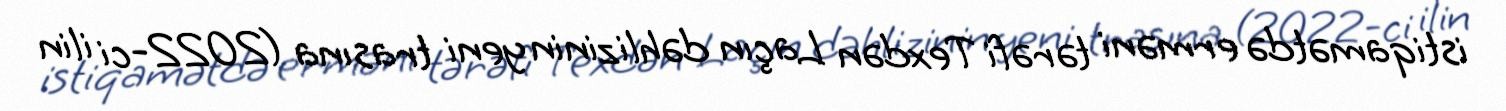
istiqamətdə erməni tərəfi Texdən Laçın dəhlizinin yeni trasına (2022-ci ilin